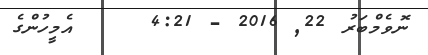
ނޮވެމްބަރު 22